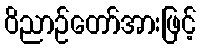
ဝိညာဉ်တော်အားဖြင့်